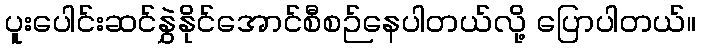
ပူးပေါင်းဆင်နွှဲနိုင်အောင်စီစဉ်နေပါတယ်လို့ ပြောပါတယ်။